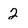
Character: 2